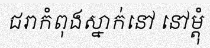
ជរាកំពុងស្នាក់នៅ នៅម្តុំ